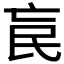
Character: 𣱅